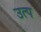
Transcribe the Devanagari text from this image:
उत्प